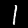
Label: 1